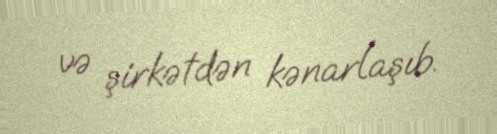
və şirkətdən kənarlaşıb.